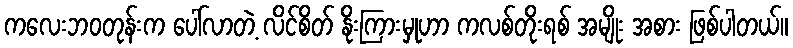
ကလေးဘဝတုန်းက ပေါ်လာတဲ့ လိင်စိတ် နိုးကြားမှုဟာ ကလစ်တိုးရစ် အမျိုး အစား ဖြစ်ပါတယ်။